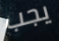
يجب